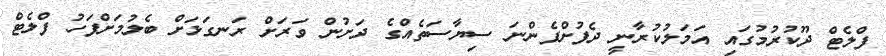
ފްލެޓް ދޫކުރުމުގައި އަމަލުކުރާނީ ދެފުށްފެންނަ ސިޔާސަތެއްގެ ދަށުން ވަރަށް ރަނގަޅަށް ބެލުމަށްފަހު ފްލެޓް